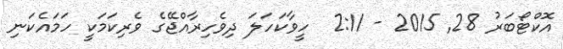
އޮކްޓޯބަރު 28